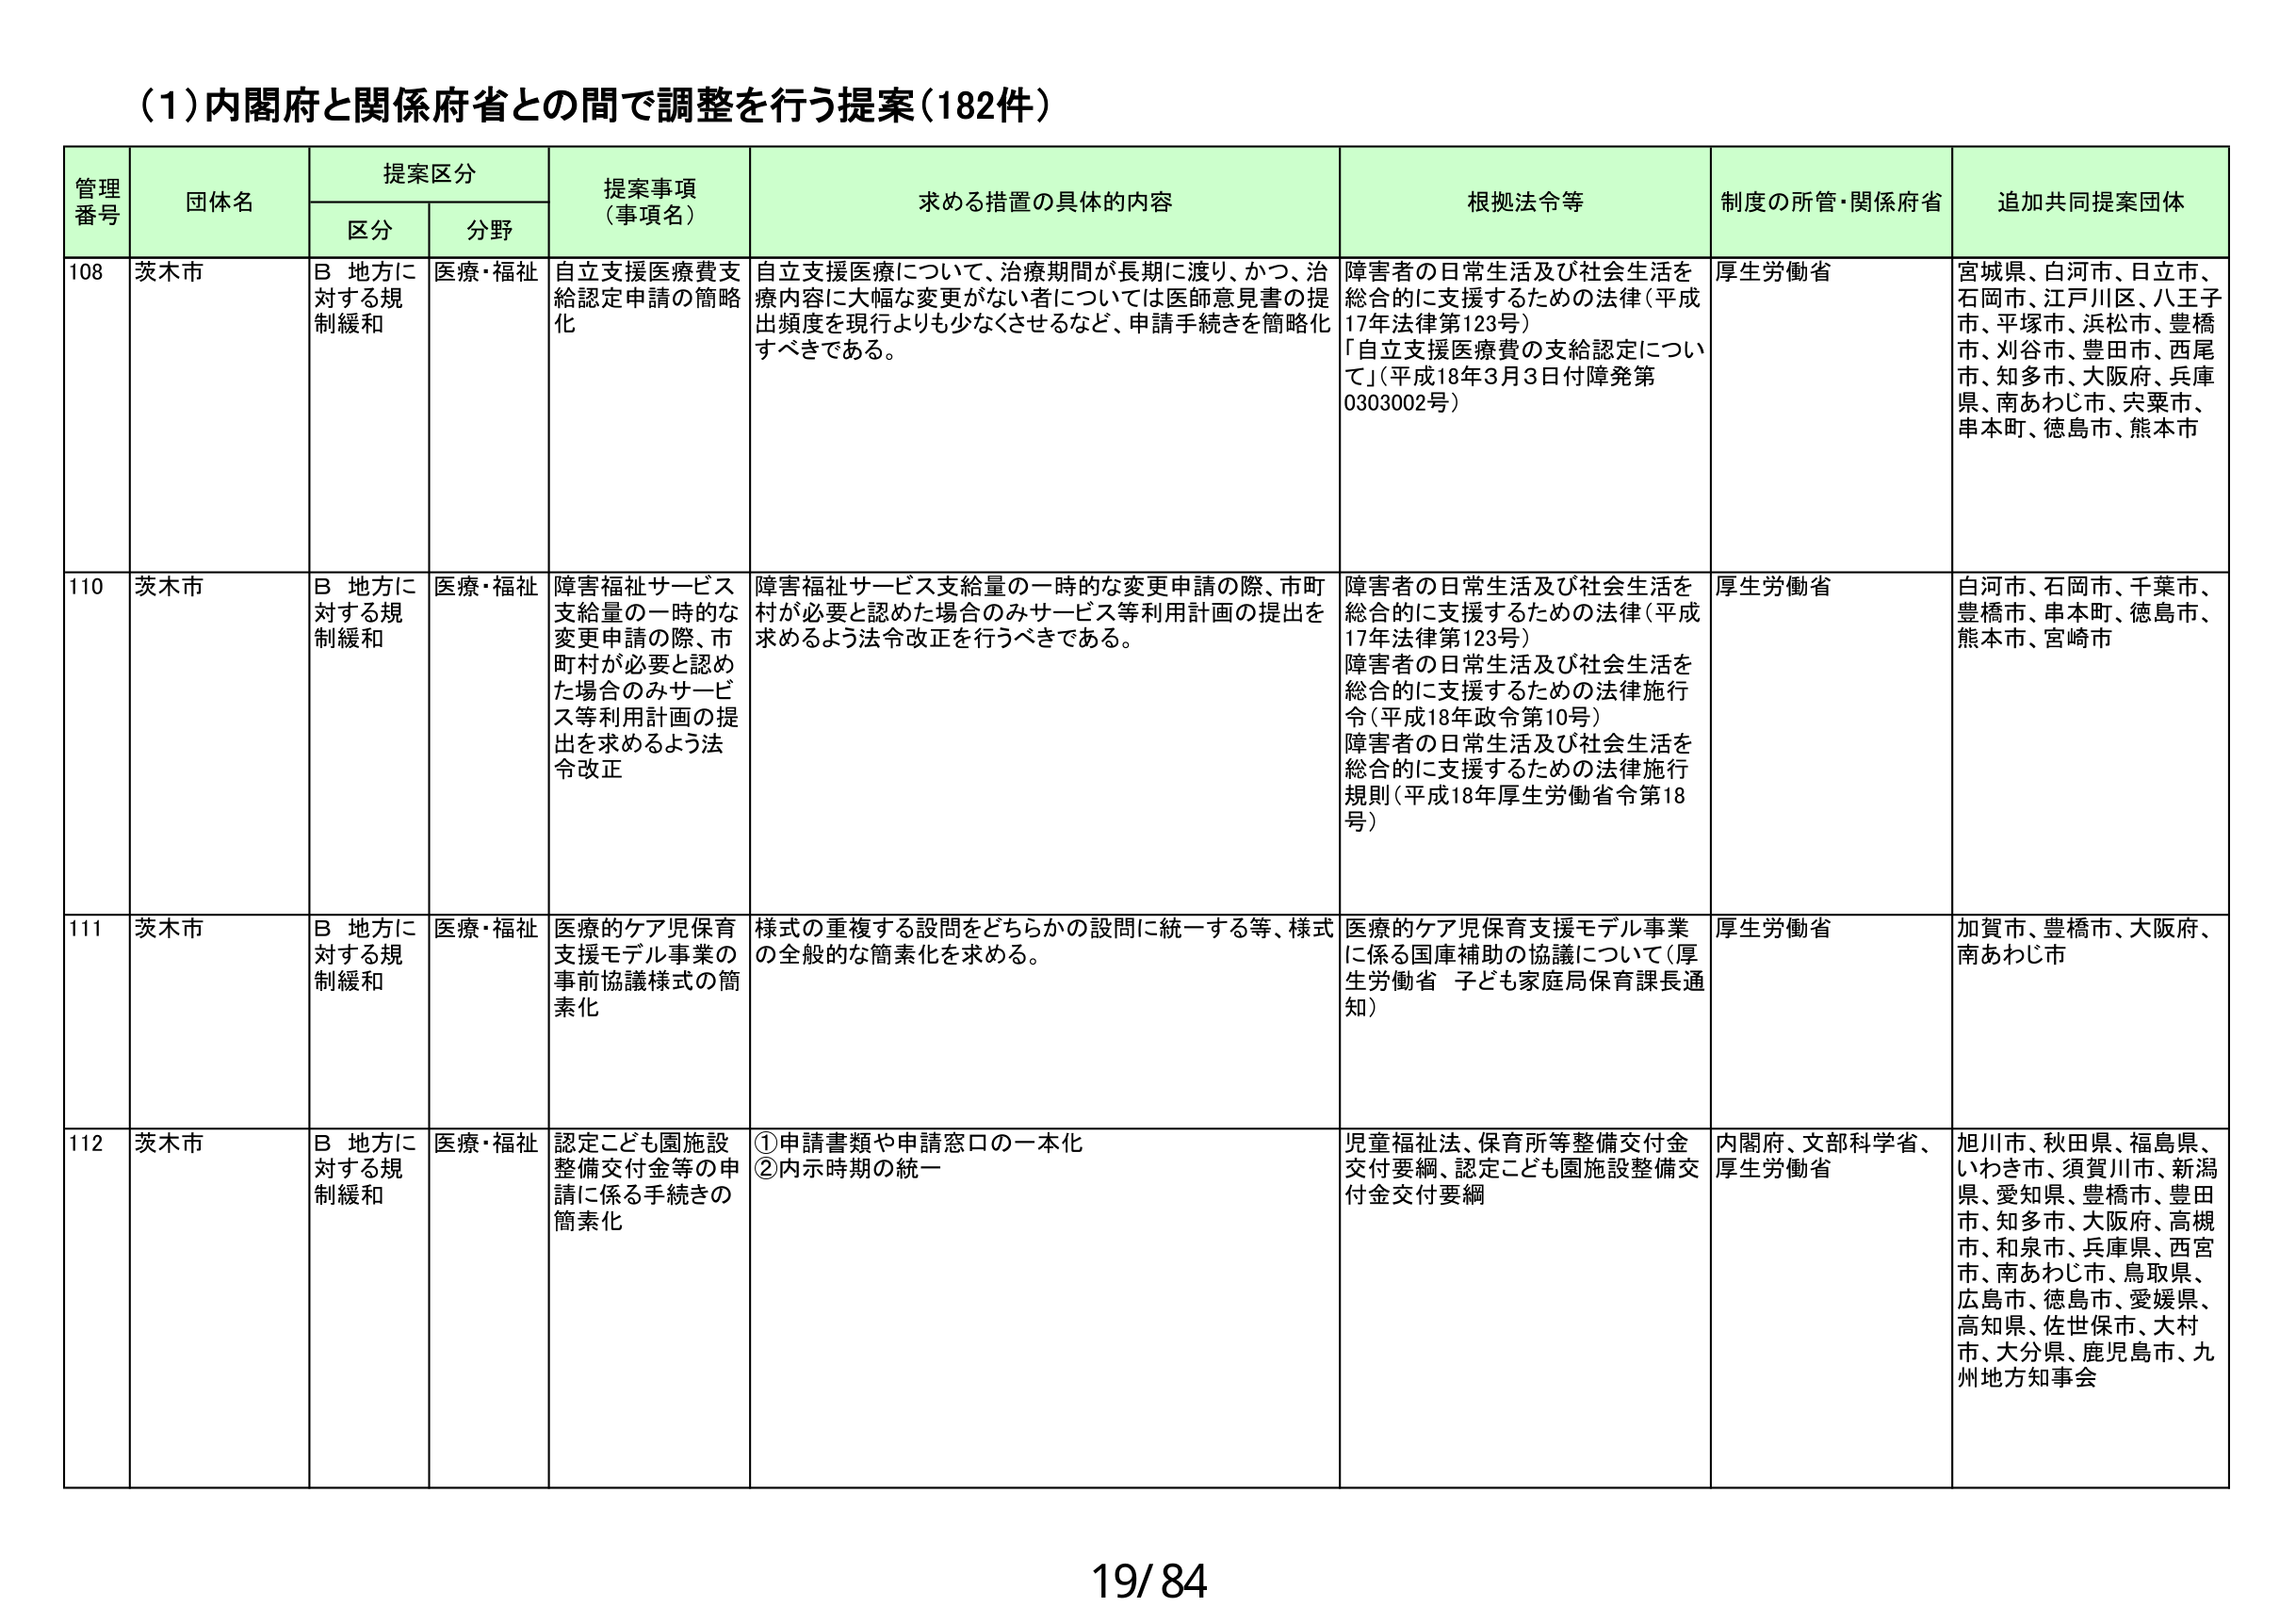
(1)内閣府と関係府省との間で調整を行う提案(182件)

管理番号	団体名	提案区分	提案事項（事項名）	求める措置の具体的内容	根拠法令等	制度の所管・関係府省	追加共同提案団体
		区分	分野
108	茨木市	B 地方に対する規制緩和	医療・福祉	自立支援医療費支給認定申請の簡略化	自立支援医療について、治療期間が長期に渡り、かつ、治療内容に大幅な変更がない者については医師意見書の提出頻度を現行よりも少なくさせるなど、申請手続きを簡略化すべきである。	障害者の日常生活及び社会生活を総合的に支援するための法律（平成17年法律第123号）「自立支援医療費の支給認定について」（平成18年3月3日付障発第0303002号）	厚生労働省	宮城県、白河市、日立市、石岡市、江戸川区、八王子市、平塚市、浜松市、豊橋市、刈谷市、豊田市、西尾市、知多市、大阪府、兵庫県、南あわじ市、宍粟市、串本町、徳島市、熊本市
110	茨木市	B 地方に対する規制緩和	医療・福祉	障害福祉サービス支給量の一時的な変更申請の際、市町村が必要と認めた場合のみサービス等利用計画の提出を求めるよう法令改正	障害福祉サービス支給量の一時的な変更申請の際、市町村が必要と認めた場合のみサービス等利用計画の提出を求めるよう法令改正を行うべきである。	障害者の日常生活及び社会生活を総合的に支援するための法律（平成17年法律第123号）障害者の日常生活及び社会生活を総合的に支援するための法律施行令（平成18年政令第10号）障害者の日常生活及び社会生活を総合的に支援するための法律施行規則（平成18年厚生労働省令第18号）	厚生労働省	白河市、石岡市、千葉市、豊橋市、串本町、徳島市、熊本市、宮崎市
111	茨木市	B 地方に対する規制緩和	医療・福祉	医療的ケア児保育支援モデル事業の事前協議様式の簡素化	様式の重複する設問をどちらかの設問に統一する等、様式の全般的な簡素化を求める。	医療的ケア児保育支援モデル事業に係る国庫補助の協議について（厚生労働省 子ども家庭局保育課長通知）	厚生労働省	加賀市、豊橋市、大阪府、南あわじ市
112	茨木市	B 地方に対する規制緩和	医療・福祉	認定こども園施設整備交付金等の申請に係る手続きの簡素化	①申請書類や申請窓口の一本化②内示時期の統一	児童福祉法、保育所等整備交付金交付要綱、認定こども園施設整備交付金交付要綱	内閣府、文部科学省、厚生労働省	旭川市、秋田県、福島県、いわき市、須賀川市、新潟県、愛知県、豊橋市、豊田市、知多市、大阪府、高槻市、和泉市、兵庫県、西宮市、南あわじ市、鳥取県、広島市、徳島市、愛媛県、高知県、佐世保市、大村市、大分県、鹿児島市、九州地方知事会

19/84